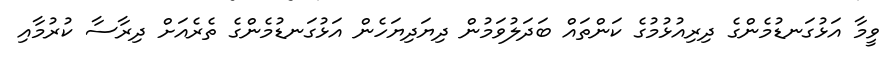
ވީމާ އަޅުގަނޑުމެންގެ ދިރިއުޅުމުގެ ކަންތައް ބަދަލުވަމުން ދިޔަދިޔަހެން އަޅުގަނޑުމެންގެ ތެރެއަށް ދިރާސާ ކުރުމާއި